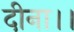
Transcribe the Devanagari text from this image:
दीना।।